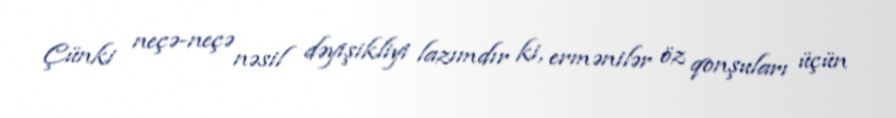
Çünki neçə-neçə nəsil dəyişikliyi lazımdır ki, ermənilər öz qonşuları üçün